Indian Medical Review
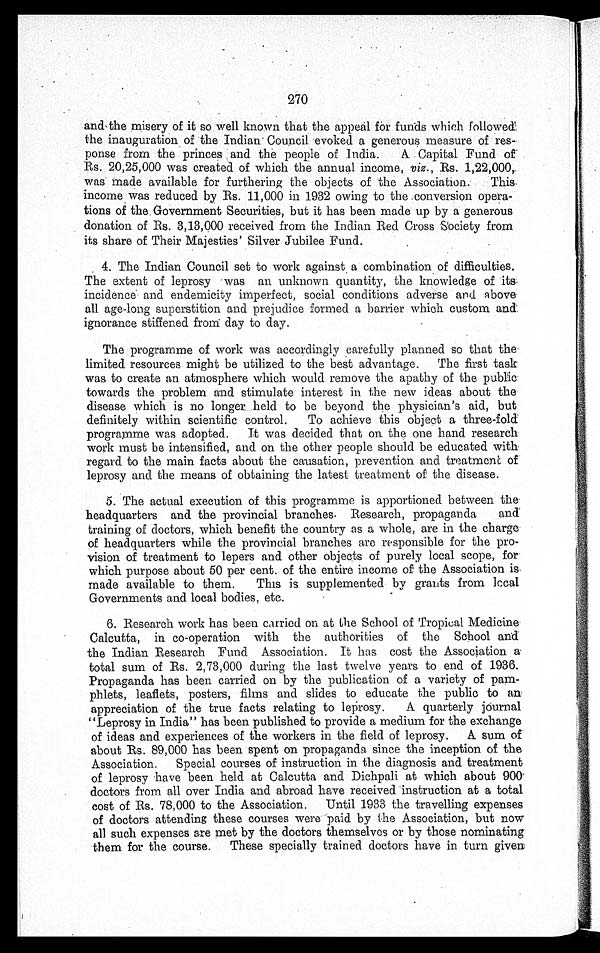
270
and the misery of it so well known that the appeal for funds which followe
d
the inauguration of the Indian Council evoked a generous measure of res
-
ponse from the princes and the people of India. A Capital Fund of
Rs. 20,25,000 was created of which the annual income, viz ., Rs. 1,22,000
,
was made available for furthering the objects of the Association. This
income was reduced by Rs. 11,000 in 1932 owing to the conversion opera
-
tions of the Government Securities, but it has been made up by a generous
donation of Rs. 3,13,000 received from the Indian Red Cross Society from
its share of Their Majesties' Silver Jubilee Fund.
4. The Indian Council set to work against a combination of difficulties.
The extent of leprosy was an unknown quantity, the knowledge of it
s
incidence and endemicity imperfect, social conditions adverse and above
all, age-long superstition and prejudice formed a barrier which custom an
d
ignorance stiffened from day to day.
The programme of work was accordingly carefully planned so that the
limited resources might be utilized to the best advantage. The first task
was to create an atmosphere which would remove the apathy of the p u b l i c
towards the problem and stimulate interest in the new ideas about the
disease which is no longer held to be beyond the physician's aid, but
definitely within scientific control. To achieve this object a three-fold
programme was adopted. It was decided that on the one hand research
work must be intensified, and on the other people should be educated with
regard to the main facts about the causation, prevention and treatment of
leprosy and the means of obtaining the latest treatment of the disease.
5. The actual execution of this programme is apportioned between the
headquarters and the provincial branches. Research, propaganda and
training of doctors, which benefit the country as a whole, are in the charge
of headquarters while the provincial branches are responsible for the pro-
vision of treatment to lepers and other objects of purely local scope, for
which purpose about 50 per cent. of the entire income of the Association is
made available to them. This is supplemented by grants from local
Governments and local bodies, etc.
6. Research work has been carried on at the School of Tropical Medicine
Calcutta, in co-operation with the authorities of the School and
the Indian Research Fund Association. It has cost the Association a
total sum of Rs. 2,73,000 during the last twelve years to end of 1936.
Propaganda has been carried on by the publication of a variety of pam
-
phlets, leaflets, posters, films and slides to educate the public to a
n
appreciation of the true facts relating to leprosy. A quarterly journal
"Leprosy in India" has been published to provide a medium for the exchange
of ideas and experiences of the workers in the field of leprosy. A sum of
about Rs. 89,000 has been spent on propaganda since the inception of the
Association. Special courses of instruction in the diagnosis and treatment
of leprosy have been held at Calcutta and Dichpali at which about 900
doctors from all over India and abroad have received instruction at a total
cost of Rs. 78,000 to the Association. Until 1933 the travelling expenses
of doctors attending these courses were paid by the Association, but now
all such expenses are met by the doctors themselves or by those nominating
them for the course. These specially trained doctors have in turn given